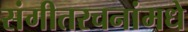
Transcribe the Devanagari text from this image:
संगीतरचनांमधे